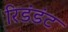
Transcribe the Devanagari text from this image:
रिडंडंट